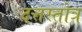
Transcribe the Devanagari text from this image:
दत्तस्तोत्र